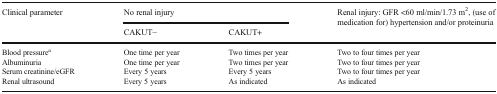
| <ROWSPAN=2> Clinical parameter | <COLSPAN=2> No renal injury | <ROWSPAN=2> Renal injury: GFR <60 ml/min/1.73 m2, (use of medication for) hypertension and/or proteinuria |
 | CAKUT− | CAKUT+ |
 | --- | --- | --- | --- |
 | Blood pressurea | One time per year | Two times per year | Two to four times per year |
 | Albuminuria | One time per year | Two times per year | Two to four times per year |
 | Serum creatinine/eGFR | Every 5 years | Every 5 years | Two to four times per year |
 | Renal ultrasound | Every 5 years | As indicated | As indicated |